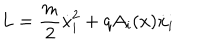
LaTeX: L = \frac { m } { 2 } \dot { x } _ { i } ^ { 2 } + q A _ { i } ( x ) \dot { x } _ { i }